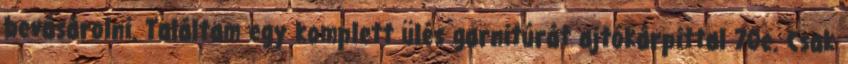
bevásárolni. Találtam egy komplett ülés garnitúrát ajtókárpittal 70e. Csak